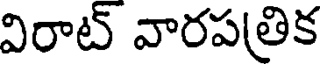
విరాట్ వారపత్రిక